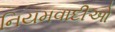
નિયમવાદીઓ